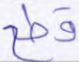
قطع